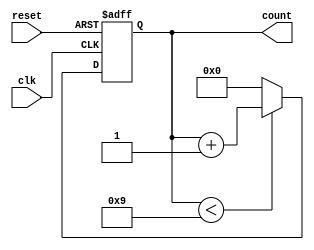
module BCD_Counter (
    input wire clk,       // Clock signal
    input wire reset,     // Asynchronous reset signal
    output reg [3:0] count // 4-bit output for BCD count
);

// Always block for asynchronous reset and counting mechanism
always @(posedge clk or posedge reset) begin
    if (reset) begin
        count <= 4'b0000; // Reset count to 0 if reset is active
    end else begin
        if (count < 4'b1001) begin
            count <= count + 1; // Increment count if less than 9
        end else begin
            count <= 4'b0000; // Reset count to 0 if count reaches 9
        end
    end
end

endmodule